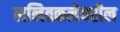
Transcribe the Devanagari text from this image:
ललितकलेवरील